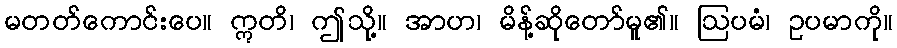
မတတ်ကောင်းပေ။ ဣတိ၊ ဤသို့။ အာဟ၊ မိန့်ဆိုတော်မူ၏။ ဩပမံ၊ ဥပမာကို။